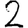
Digit: 2